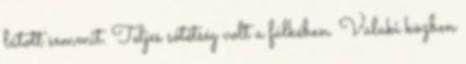
látott semmit. Teljes sötétség volt a fülkében. Valaki közben